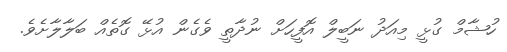
ހުޝާމް ގުޅީ މިއަދު ނަބީލް އޮފީހަށް ނުދާތީ ވެގެން އުޅޭ ގޮތެއް ބަލާލާށެވެ.